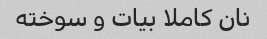
نان کاملا بیات و سوخته